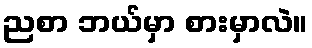
ညစာ ဘယ်မှာ စားမှာလဲ။